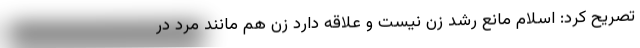
تصریح کرد: اسلام مانع رشد زن نیست و علاقه دارد زن هم مانند مرد در